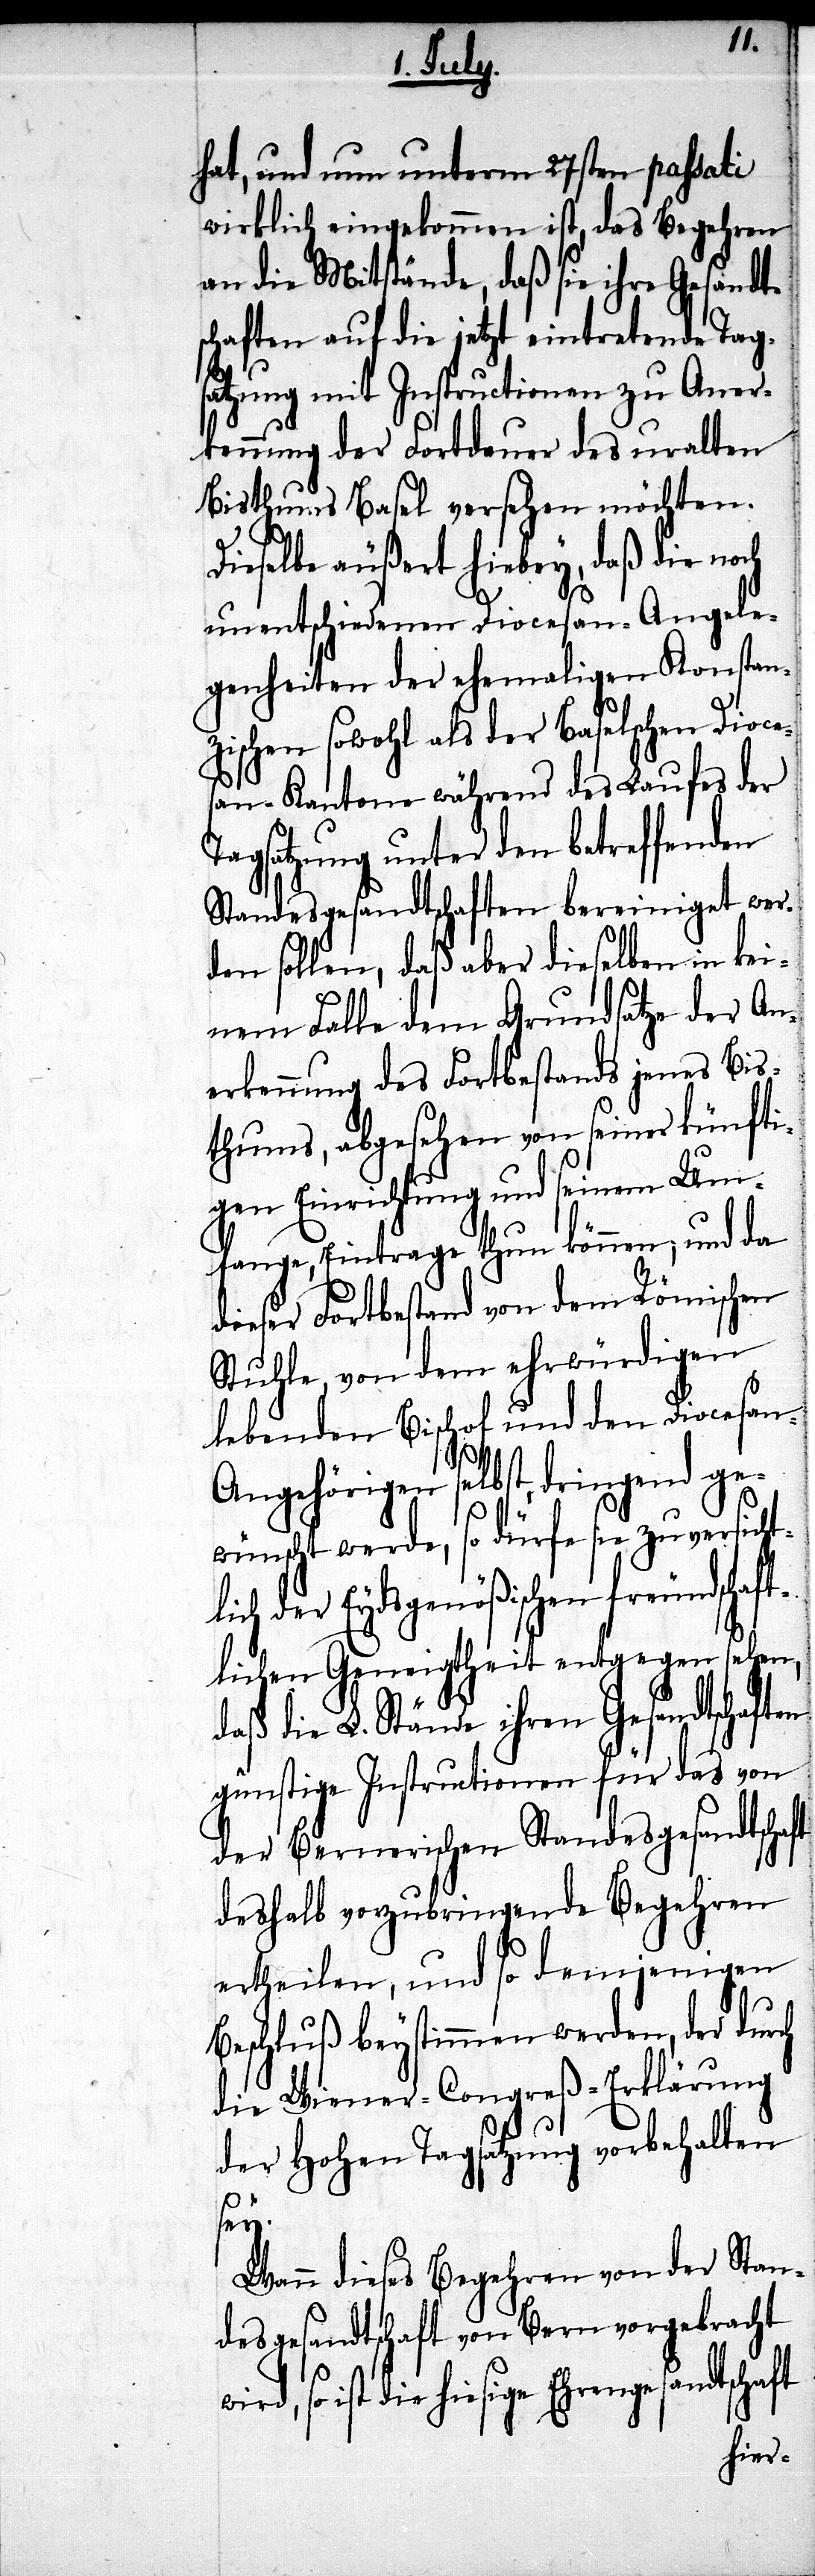
hat, und nun unterm 27ten passati
wirklich eingekommen ist, das Begehren
an die Mitstände, daß sie ihre Gesandt¬
schaften auf die jetzt eintretende Tag¬
satzung mit Instructionen zu Aner¬
kennung der Fortdauer des uralten
Bisthums Basel versehen möchten.
noch
Dieselbe äußert hiebey,
aft
unentschiedenen Diocesan-A¬
genheiten der ehemaligen Konstan¬
zischen sowohl als der Baselschen Dioce¬
san-Kantone während des Laufes der
Tagsatzung unter den betreffenden
nigt wer¬
Standesgesandtschaften berei¬
den sollen, daß aber dieselben in kei¬
nem Falle dem Grundsatze der An¬
erkennung des Fortbestands jenes Bis¬
thums, abgesehen von seiner künf¬
tigen Einrichtung und seinem Um¬
fange, Eintrage thun können; und da
dieser Fortbestand von dem Römisch¬
Stuhle, von dem ehrwürdigen
lebenden Bischof und den Dioce¬
ngehörigen selbst dringend ge¬
wünscht werde, so dürfe sie
ige
lich der Eydsgenößischen fr¬
tlichen Geneigtheit entgegen
daß die L. Stände ihren Ges¬
günstige Instructionen für
der Bernerischen Standes¬
deshalb vorzubringende Be¬
ertheilen, und so de¬
Beschluß beystimmen wer¬
die Wiener-Congreß-E¬
der Hohen Tagsatzung
Stan¬
Wann dieses Begehren von
desgesandtschaft von Bern vorg¬
ebracht
a¬
wird, so ist die hies¬

san-A¬